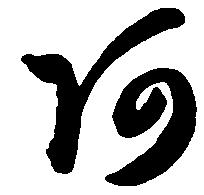
阿